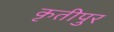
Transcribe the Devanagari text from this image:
कृतीपुर